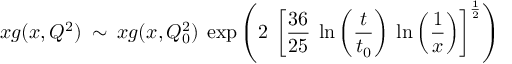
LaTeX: x g ( x , Q ^ { 2 } ) \: \sim \: x g ( x , Q _ { 0 } ^ { 2 } ) \: \exp \left( 2 \: \left[ \frac { 3 6 } { 2 5 } \: \ln \left( \frac { t } { t _ { 0 } } \right) \: \ln \left( \frac { 1 } { x } \right) \right] ^ { \frac { 1 } { 2 } } \right)